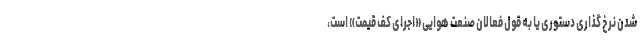
شدن نرخ گذاری دستوری یا به قول فعالان صنعت هوایی «اجرای کف قیمت» است،